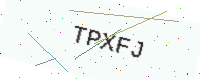
Text: TPXFJ